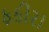
ફકીરા